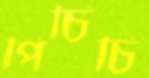
পিচিচি